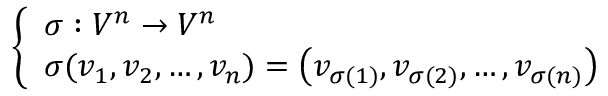
\left\{ \begin{array} { l l } { \sigma : V ^ { n } \to V ^ { n } } \\ { \sigma ( v _ { 1 } , v _ { 2 } , \ldots , v _ { n } ) = \left( v _ { \sigma ( 1 ) } , v _ { \sigma ( 2 ) } , \ldots , v _ { \sigma ( n ) } \right) } \end{array} \right.